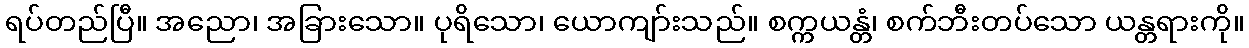
ရပ်တည်ပြီ။ အညော၊ အခြားသော။ ပုရိသော၊ ယောကျာ်းသည်။ စက္ကယန္တံ၊ စက်ဘီးတပ်သော ယန္တရားကို။